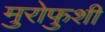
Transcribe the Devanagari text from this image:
मुरोफुशी